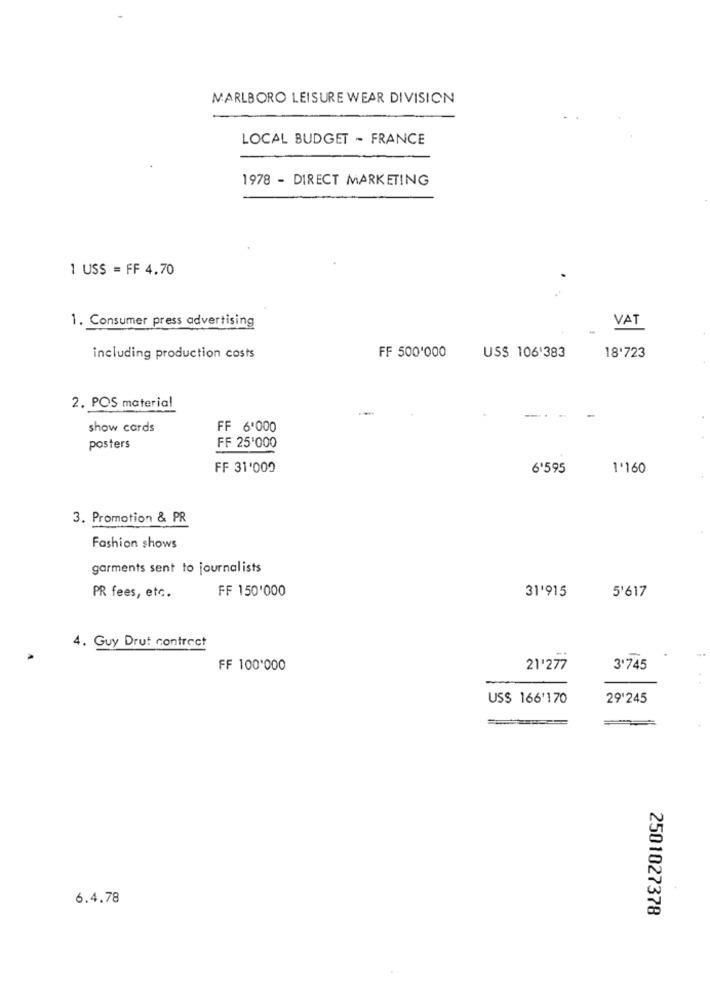
MARLBORO LEISURE WEAR DIVISION
LOCAL BUDGET - FRANCE
1978 - DIRECT MARKETING
1 USS = FF 4.70
VAT
1. Consumer press advertising
including production costs
FF 500'000
US$ 106'383
18'723
2. POS material
-.-
show cards
FF 6'000
posters
FF 25'000
FF 31'009
6'595
1'160
3. Promotion & PR
Fashion shows
garments sent to journalists
FF 150'000
PR fees, etc.
31'915
5'617
4. Guy Drut contract
FF 100'000
21'277
3'745
US$ 166'170
29'245
6.4.78
2501027378